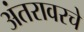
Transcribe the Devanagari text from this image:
अंतरावरचे